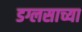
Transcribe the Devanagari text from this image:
डग्लसाच्या